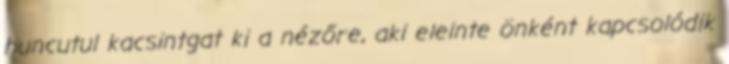
huncutul kacsintgat ki a nézőre, aki eleinte önként kapcsolódik